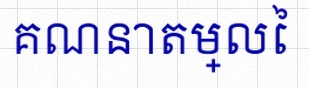
គណនាតម្លៃ